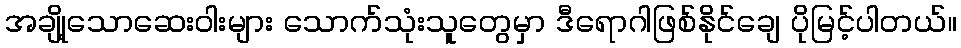
အချို့သောဆေးဝါးများ သောက်သုံးသူတွေမှာ ဒီရောဂါဖြစ်နိုင်ချေ ပိုမြင့်ပါတယ်။